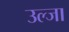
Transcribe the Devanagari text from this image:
उल्जा